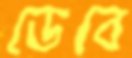
ডেবে